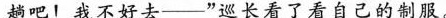
趟吧！我不好去—”巡长看了看自己的制服。